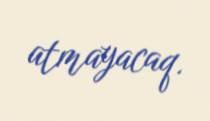
atmayacaq.